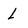
Character: l